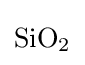
{\mathrm {SiO} {\vphantom {A}}_{\smash[{t}]{2}}}